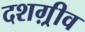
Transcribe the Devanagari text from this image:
दशग़्रीव